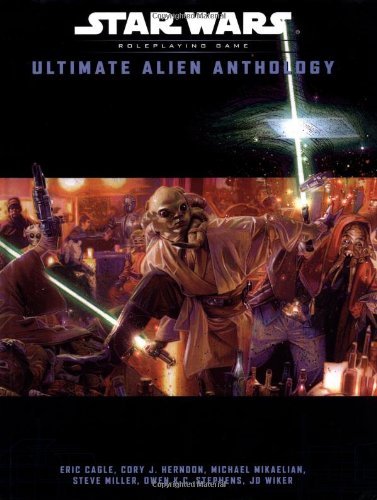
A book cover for Ultimate Alien Anthology (Star Wars Roleplaying Game); Eric Cagle; Science Fiction & Fantasy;